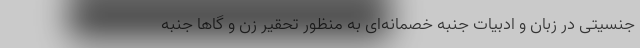
جنسیتی در زبان و ادبیات جنبه خصمانه‌ای به منظور تحقیر زن و گاها جنبه